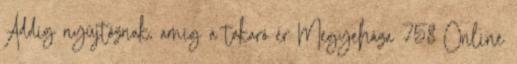
Addig nyújtóznak, amíg a takaró ér Megyeháza 758 Online